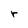
Character: r